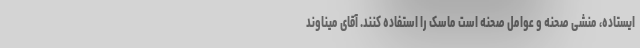
ایستاده، منشی صحنه و عوامل صحنه است ماسک را استفاده کنند. آقای میناوند